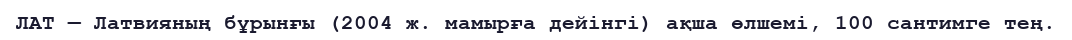
ЛАТ — Латвияның бұрынғы (2004 ж. мамырға дейінгі) ақша өлшемі, 100 сантимге тең.